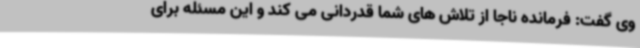
وی گفت: فرمانده ناجا از تلاش های شما قدردانی می کند و این مسئله برای